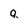
Character: q